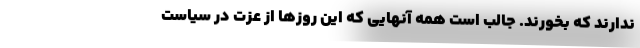
ندارند که بخورند. جالب است همه آنهایی که این روزها از عزت در سیاست